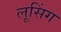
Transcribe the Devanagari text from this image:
लूसिंग